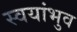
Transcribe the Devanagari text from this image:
स्वयांभुव